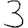
Digit: 3